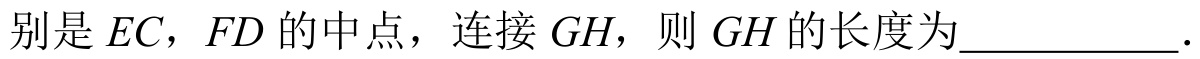
别是\(EC\)，\(FD\)的中点，连接\(GH\)，则\(GH\)的长度为\(\underline{\quad\quad}\).